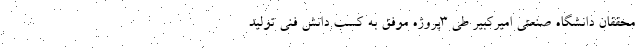
محققان دانشگاه صنعتی امیرکبیر طی ۳پروژه موفق به کسب دانش فنی تولید